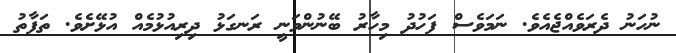
ނުހަނު ދެރަވެއްޖެއެވެ. ނަމަވެސް ފަހުދު މިހާރު ބޭނުންވަނީ ރަނގަޅު ދިރިއުޅުމެއް އުޅޭށެވެ. ތަފާތު